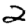
Digit: 2